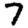
Digit: 7